Leaving Certificate Examination (including Day School Certificate (Higher) General paper), 1939
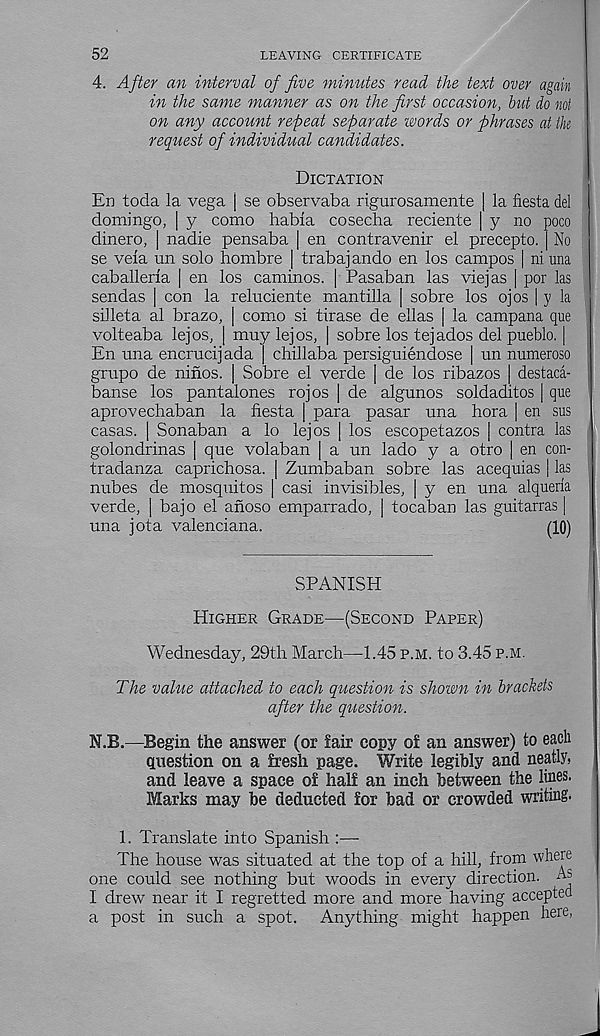
52
LEAVING CERTIFICATE
4. After an interval of five minutes read the text over again
in the same manner as on the first occasion, but do not
on any account repeat separate words or phrases at tk
request of individual candidates.
Dictation
En toda la vega j se observaba rigurosamente | la fiesta del
domingo, | y como habla cosecha reciente | y no poco
dinero, | nadie pensaba | en contravenir el precepto. No
se vela un solo hombre | trabajando en los campos | ni una
caballerla | en los caminos. | Pasaban las viejas | por las
sendas | con la reluciente mantilla | sobre los ojos | y la
silleta al brazo, | como si tirase de ellas [ la campana que
volteaba lejos, | muy lejos, | sobre los tejados del pueblo. |
En una encrucijada | chillaba persiguiendose | un numeroso
grupo de ninos. | Sobre el verde | de los ribazos | destaca-
banse los pantalones rojos | de algunos soldaditos | que
aprovechaban la fiesta | para pasar una hora | en sus
casas. | Sonaban a lo lejos | los escopetazos | contra las
golondrinas | que volaban ) a un lado y a otro | en con-
tradanza caprichosa. | Zumbaban sobre las acequias | las
nubes de mosquitos | casi invisibles, | y en una alqueria
verde, | bajo el anoso emparrado, | tocaban las guitarras |
una jot a valenciana.
SPANISH
Higher Grade—(Second Paper)
Wednesday, 29th March—1.45 p.m. to 3.45 p.m.
The value attached to each question is shown in brackets
after the question.
N.B.—Begin the answer (or fair copy of an answer) to each
question on a fresh page. Write legibly and neatly,
and leave a space of half an inch between the lines-
Marks may be deducted for bad or crowded writing.
1. Translate into Spanish :—
The house was situated at the top of a hill, from where
one could see nothing but woods in every direction. As
I drew near it I regretted more and more having accepted
a post in such a spot. Anything might happen here,
(10)